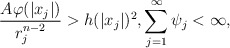
\begin{align*} \frac{A\varphi(|x_j|)}{r^{n-2}_{j}} >h(|x_j|)^2, \sum^{\infty}_{j=1} \psi_j <\infty, \end{align*}